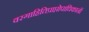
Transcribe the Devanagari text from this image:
वरगाहितिप्राप्तोपाधिकानॉ